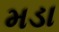
મડા